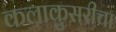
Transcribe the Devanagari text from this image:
कलाकुसरीचा